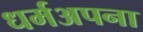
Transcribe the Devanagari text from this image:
धर्मअपना